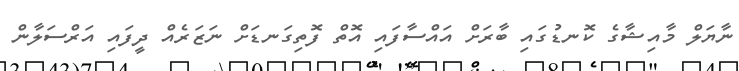
ނާޔަލް މާއިޝާގެ ކޮނޑުގައި ބާރަށް އައްސާފައި އޮތް ފޮތިގަނޑަށް ނަޒަރެއް ދީފައި އަރްސަލާން